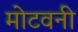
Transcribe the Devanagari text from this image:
मोटवनी